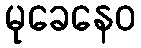
မုခေနေဝ